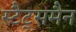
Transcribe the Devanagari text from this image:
स्टैट्समैन